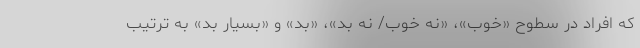
که افراد در سطوح «خوب»، «نه خوب/ نه بد»، «بد» و «بسیار بد» به ترتیب